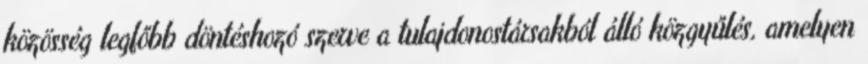
közösség legfőbb döntéshozó szerve a tulajdonostársakból álló közgyűlés, amelyen